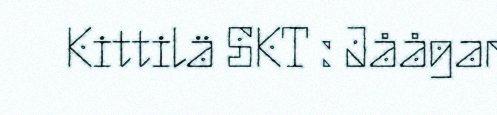
Kittilä SKT : Jåågar